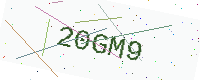
Text: 20GM9